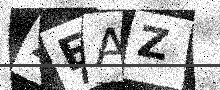
Text: ZEAZ